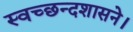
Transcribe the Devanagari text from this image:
स्वच्छन्दशासने।